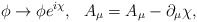
\begin{align*}\phi\rightarrow\phi e^{i\chi},\ \ A_{\mu}=A_{\mu}-\partial_{\mu}\chi,\end{align*}